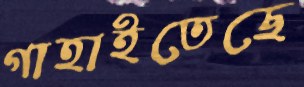
গাহাইতেছে